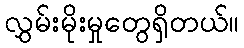
လွှမ်းမိုးမှုတွေရှိတယ်။